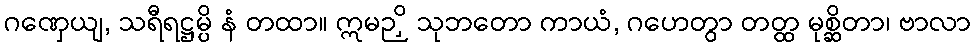
ဂဏှေယျ, သရီရဋ္ဌမ္ပိ နံ တထာ။ ဣမဉှိ သုဘတော ကာယံ, ဂဟေတွာ တတ္ထ မုစ္ဆိတာ၊ ဗာလာ